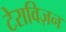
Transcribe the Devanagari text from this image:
टेराविज़न